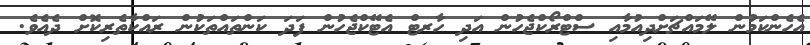
އެހެންކަމުން ލޭމައްޗަށްދިއުމާއި ސްޓްރޯކްޖެހުން އަދި ހާރޓް އެޓޭކްޖެހުން ފަދަ ކަންތައްތަކުން ރައްކާތެރިކޮށް ދެއެވެ.